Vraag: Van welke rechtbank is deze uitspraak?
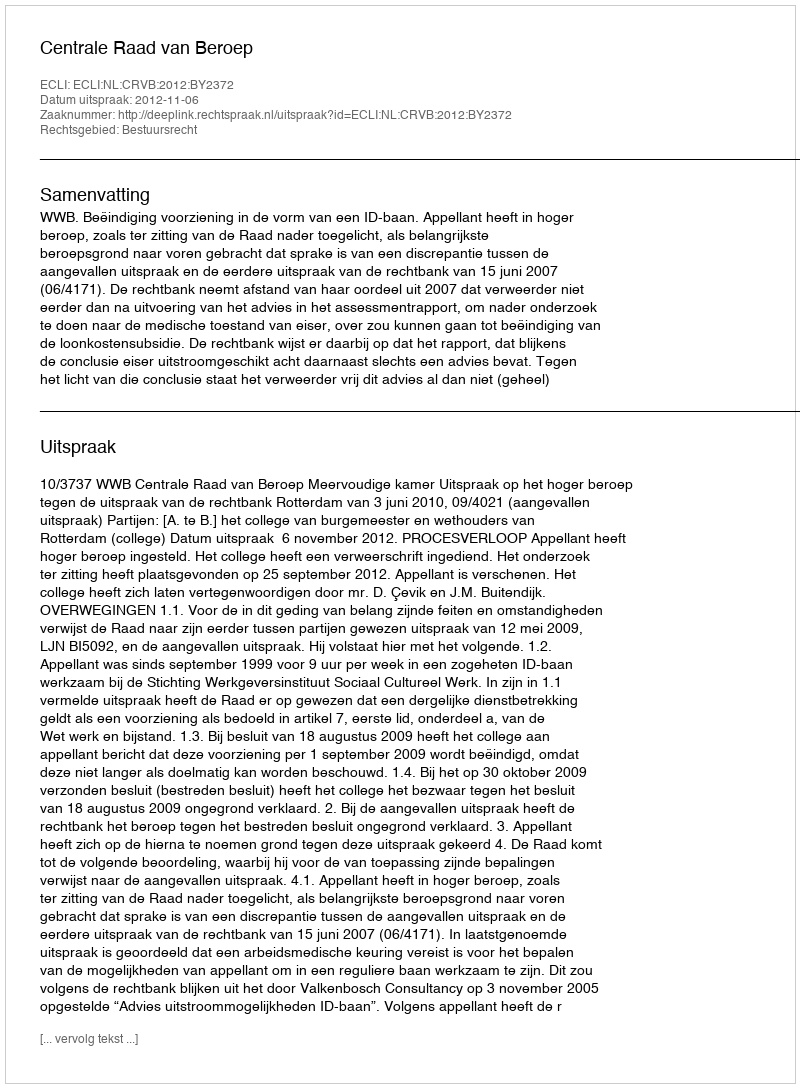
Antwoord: Centrale Raad van Beroep